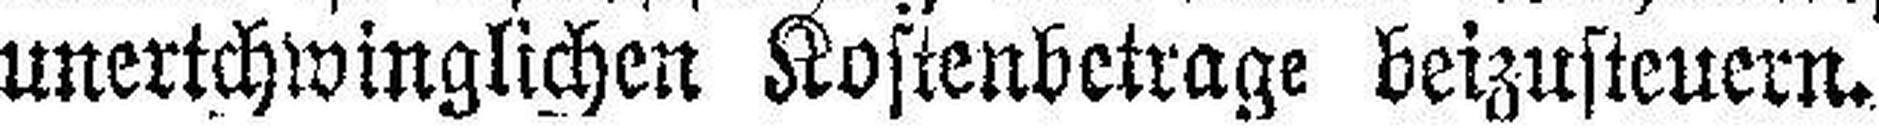
unertchwinglichen Kostenbetrage beizusteuern.